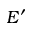
E ^ { \prime }